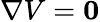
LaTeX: \nabla V=\mathbf{0}